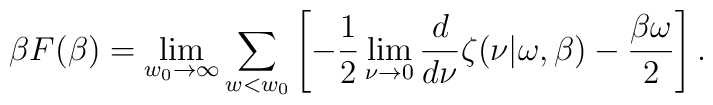
\beta F(\beta)=\lim_{w_0\rightarrow \infty}\sum_{w<w_0}\left[ -\frac 12\lim_{\nu\rightarrow 0}{d \over d\nu}\zeta(\nu|\omega,\beta)-{\beta \omega \over 2}\right].